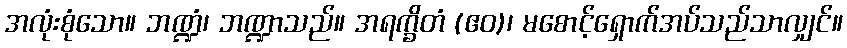
အလုံးစုံသော။ ဘဏ္ဍံ၊ ဘဏ္ဍာသည်။ အရက္ခိတံ (ဧဝ)၊ မစောင့်ရှောက်အပ်သည်သာလျှင်။